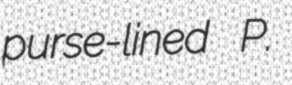
purse-lined P.